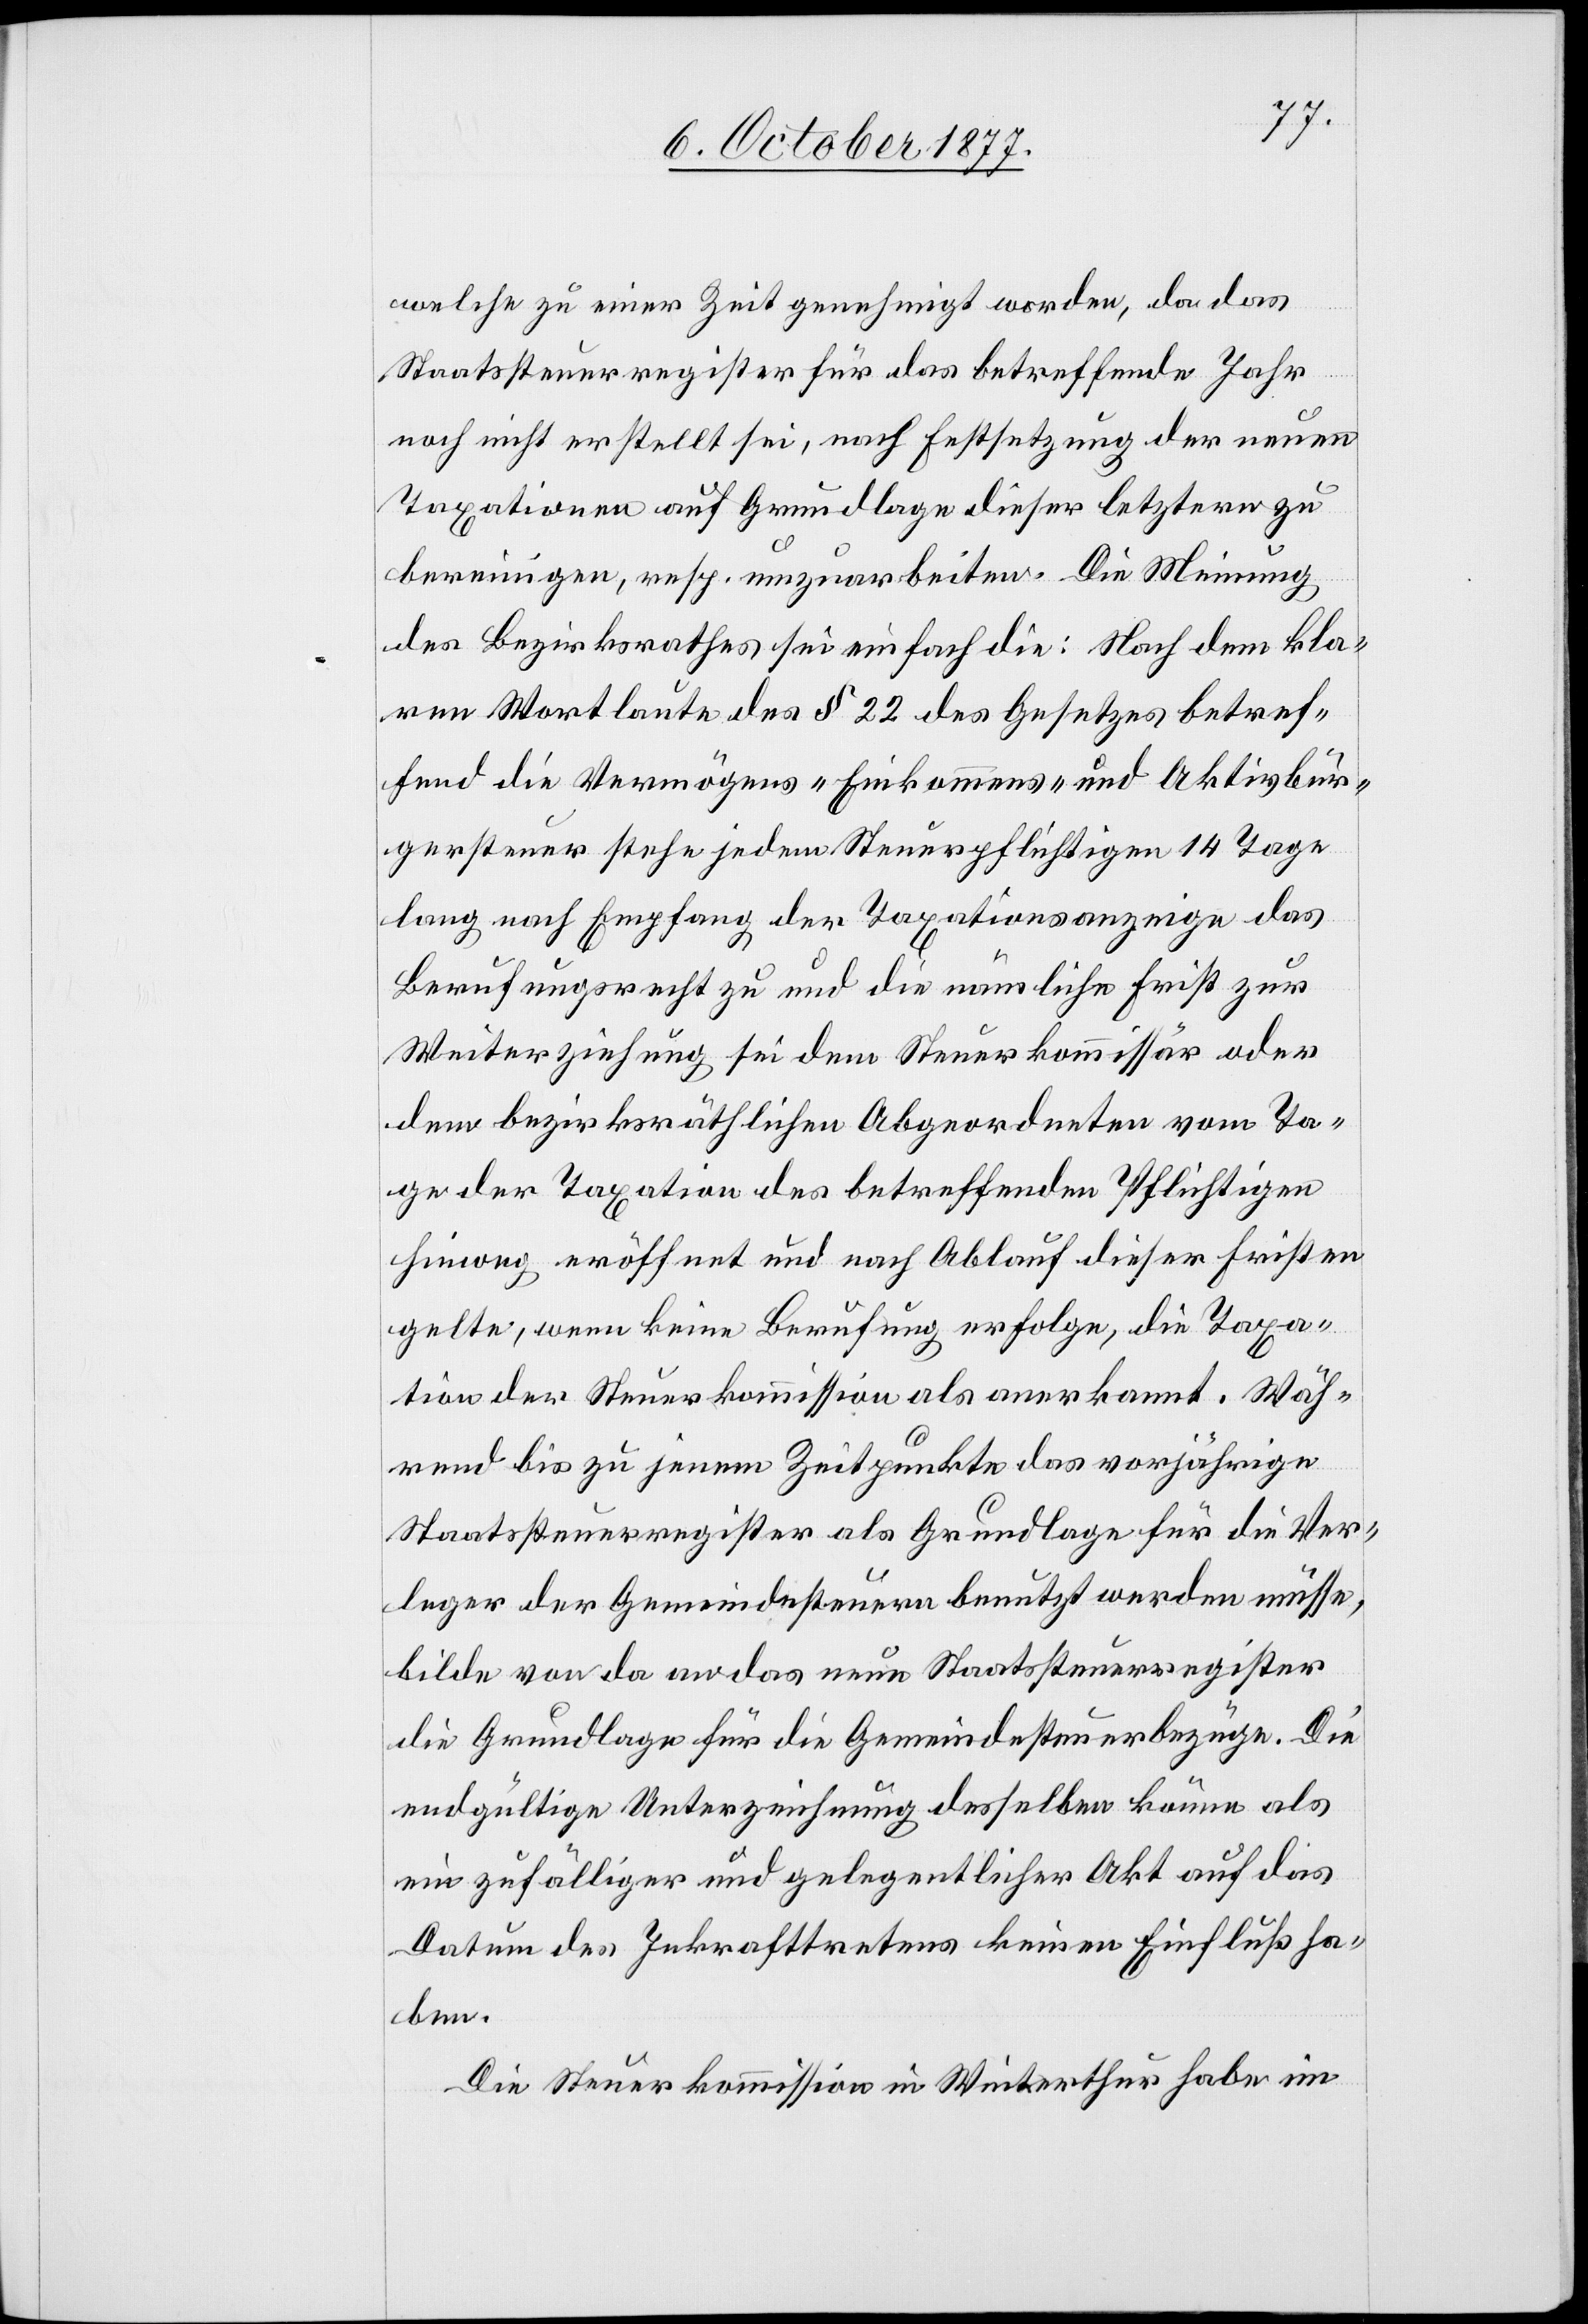
welche zu einer Zeit genehmigt worden, da das
Staatssteuerregister für das betreffende Jahr
noch nicht erstellt sei, nach Festsetzung der neuen
Taxationen auf Grundlage dieser letztern zu
bereinigen, resp. umzuarbeiten. Die Meinung
des Bezirksrathes sei einfach die: Nach dem kla¬
ren Wortlaute des § 22 des Gesetzes betref¬
fend die Vermögens-[,] Einkommens- und Aktivbür¬
gersteuer stehe jedem Steuerpflichtigen 14 Tage
lang nach Empfang der Taxationsanzeige das
Berufungsrecht zu und die nämliche Frist zur
Weiterziehung sei dem Steuerkommissär oder
dem bezirksräthlichen Abgeordneten vom Ta¬
ge der Taxation des betreffenden Pflichtigen
hinweg eröffnet und nach Ablauf dieser Fristen
gelte, wenn keine Berufung erfolge, die Taxa¬
tion der Steuerkommission als anerkannt. Wäh¬
rend bis zu jenem Zeitpunkte das vorjährige
Staatssteuerregister als Grundlage für die Ver¬
leger der Gemeindesteuern benutzt werden müsse,
bilde von da an das neue Staatssteuerregister
die Grundlage für die Gemeindesteuerbezüge. Die
endgültige Unterzeichnung desselben könne als
ein zufälliger und gelegentlicher Akt auf das
Datum des Inkrafttretens keinen Einfluß ha¬
ben.
Die Steuerkommission in Winterthur habe im